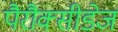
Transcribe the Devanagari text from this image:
पैरौक्सीडेज